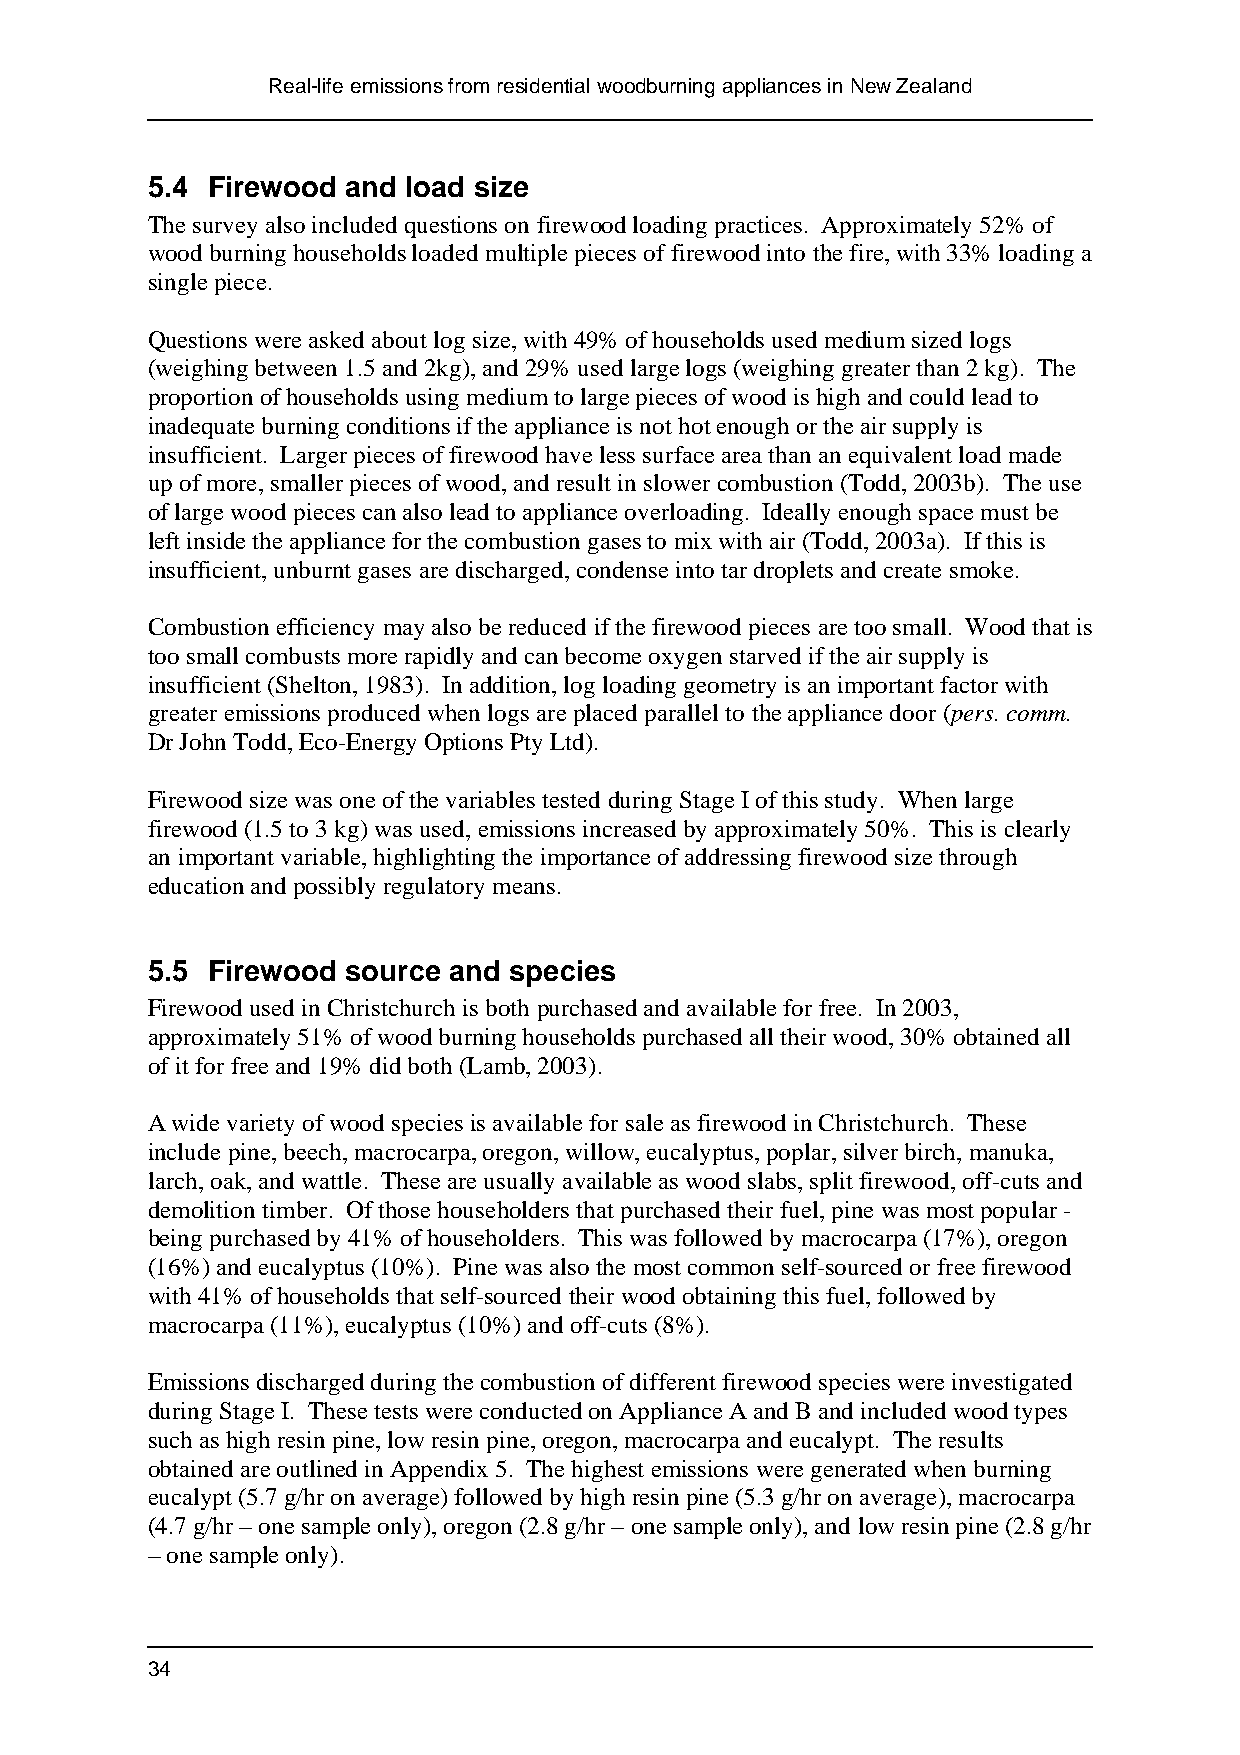
Real-life emissions from residential woodburning appliances in New Zealand
 5.4 Firewood and load size
 The survey also included questions on firewood loading practices. Approximately 52% of
 wood burning households loaded multiple pieces of firewood into the fire, with 33% loading a
 single piece.
 Questions were asked about log size, with 49% of households used medium sized logs
 (weighing between 1.5 and 2kg), and 29% used large logs (weighing greater than 2 kg). The
 proportion of households using medium to large pieces of wood is high and could lead to
 inadequate burning conditions if the appliance is not hot enough or the air supply is
 insufficient. Larger pieces of firewood have less surface area than an equivalent load made
 up of more, smaller pieces of wood, and result in slower combustion (Todd, 2003b). The use
 of large wood pieces can also lead to appliance overloading. Ideally enough space must be
 left inside the appliance for the combustion gases to mix with air (Todd, 2003a). If this is
 insufficient, unburnt gases are discharged, condense into tar droplets and create smoke.
 Combustion efficiency may also be reduced if the firewood pieces are too small. Wood that is
 too small combusts more rapidly and can become oxygen starved if the air supply is
 insufficient (Shelton, 1983). In addition, log loading geometry is an important factor with
 greater emissions produced when logs are placed parallel to the appliance door (pers. comm.
 Dr John Todd, Eco-Energy Options Pty Ltd).
 Firewood size was one of the variables tested during Stage I of this study. When large
 firewood (1.5 to 3 kg) was used, emissions increased by approximately 50%. This is clearly
 an important variable, highlighting the importance of addressing firewood size through
 education and possibly regulatory means.
 5.5 Firewood source and species
 Firewood used in Christchurch is both purchased and available for free. In 2003,
 approximately 51% of wood burning households purchased all their wood, 30% obtained all
 of it for free and 19% did both (Lamb, 2003).
 A wide variety of wood species is available for sale as firewood in Christchurch. These
 include pine, beech, macrocarpa, oregon, willow, eucalyptus, poplar, silver birch, manuka,
 larch, oak, and wattle. These are usually available as wood slabs, split firewood, off-cuts and
 demolition timber. Of those householders that purchased their fuel, pine was most popular -
 being purchased by 41% of householders. This was followed by macrocarpa (17%), oregon
 (16%) and eucalyptus (10%). Pine was also the most common self-sourced or free firewood
 with 41% of households that self-sourced their wood obtaining this fuel, followed by
 macrocarpa (11%), eucalyptus (10%) and off-cuts (8%).
 Emissions discharged during the combustion of different firewood species were investigated
 during Stage I. These tests were conducted on Appliance A and B and included wood types
 such as high resin pine, low resin pine, oregon, macrocarpa and eucalypt. The results
 obtained are outlined in Appendix 5. The highest emissions were generated when burning
 eucalypt (5.7 g/hr on average) followed by high resin pine (5.3 g/hr on average), macrocarpa
 (4.7 g/hr – one sample only), oregon (2.8 g/hr – one sample only), and low resin pine (2.8 g/hr
 – one sample only).
 34